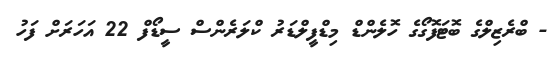
- ބްރެޒިލްގެ ބޮޓަފޮގޯގެ ހޮލެންޑް މިޑްފީލްޑަރު ކްލަރެންސް ސީޑޯފް 22 އަހަރަށް ފަހު